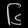
Digit: ၆